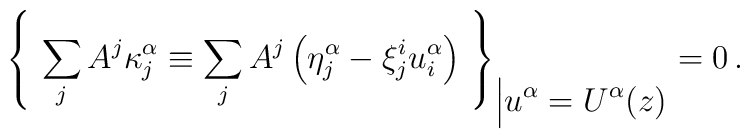
{\left\{\ \sum\limits_{j} A^j \kappa^{\alpha}_j   \equiv \sum\limits_{j} A^j \left(\eta^{\alpha}_j-\xi^i_j u_i^{\alpha}\right)\ \right\}}_{ \Big\vert \displaystyle{u^{\alpha}=U^{\alpha}(z)}}=0 \,.